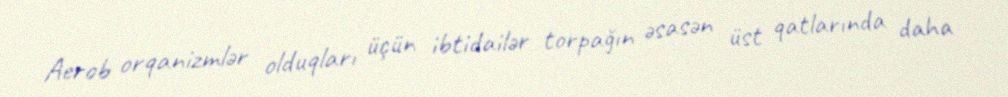
Aerob orqanizmlər olduqları üçün ibtidailər torpağın əsasən üst qatlarında daha